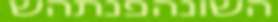
השונהפנתהש